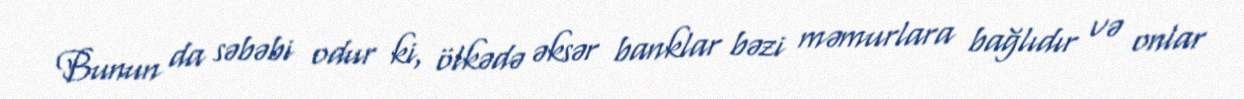
Bunun da səbəbi odur ki, ölkədə əksər banklar bəzi məmurlara bağlıdır və onlar